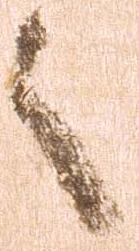
之